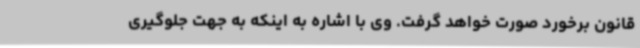
قانون برخورد صورت خواهد گرفت. وی با اشاره به اینکه به جهت جلوگیری